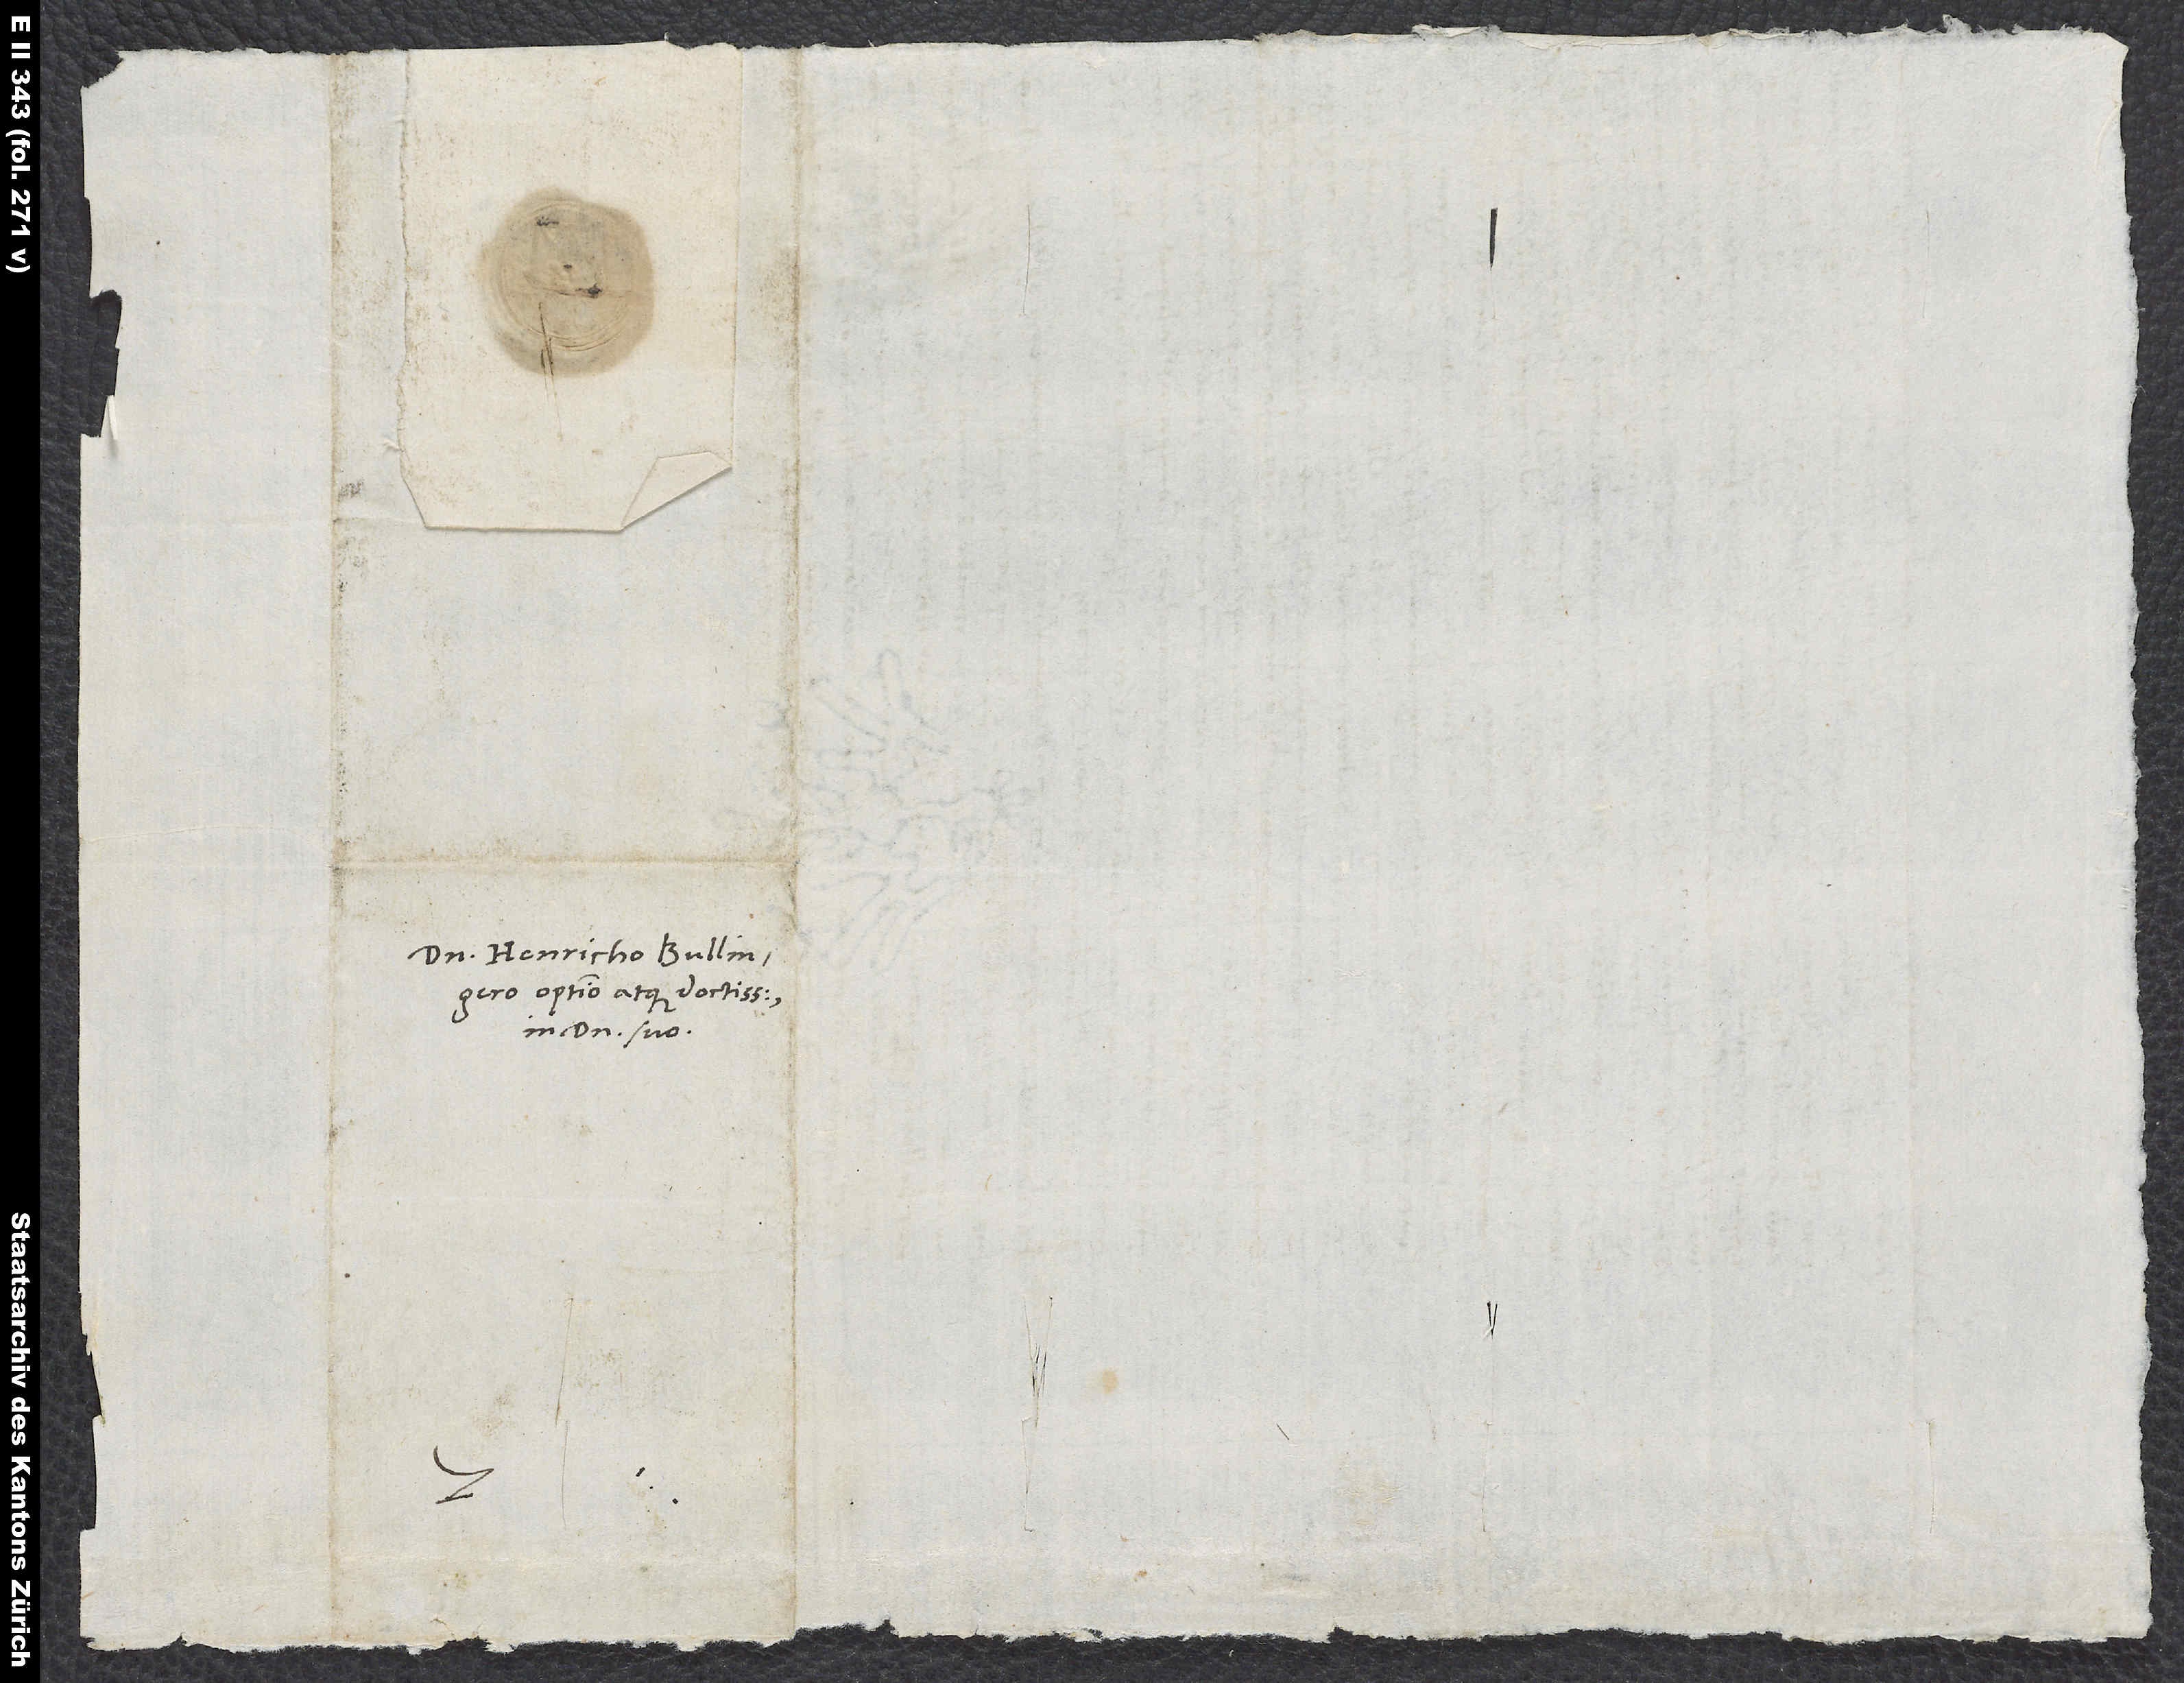
Domino Henricho Bullingero
optimo atque doctissimo,
in domino suo.
S.